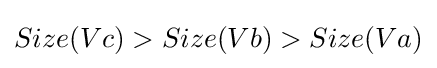
Size(Vc)>Size(Vb)>Size(Va)